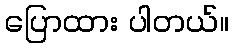
ပြောထား ပါတယ်။